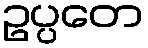
ဥပ္ပတေ